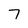
Character: 7